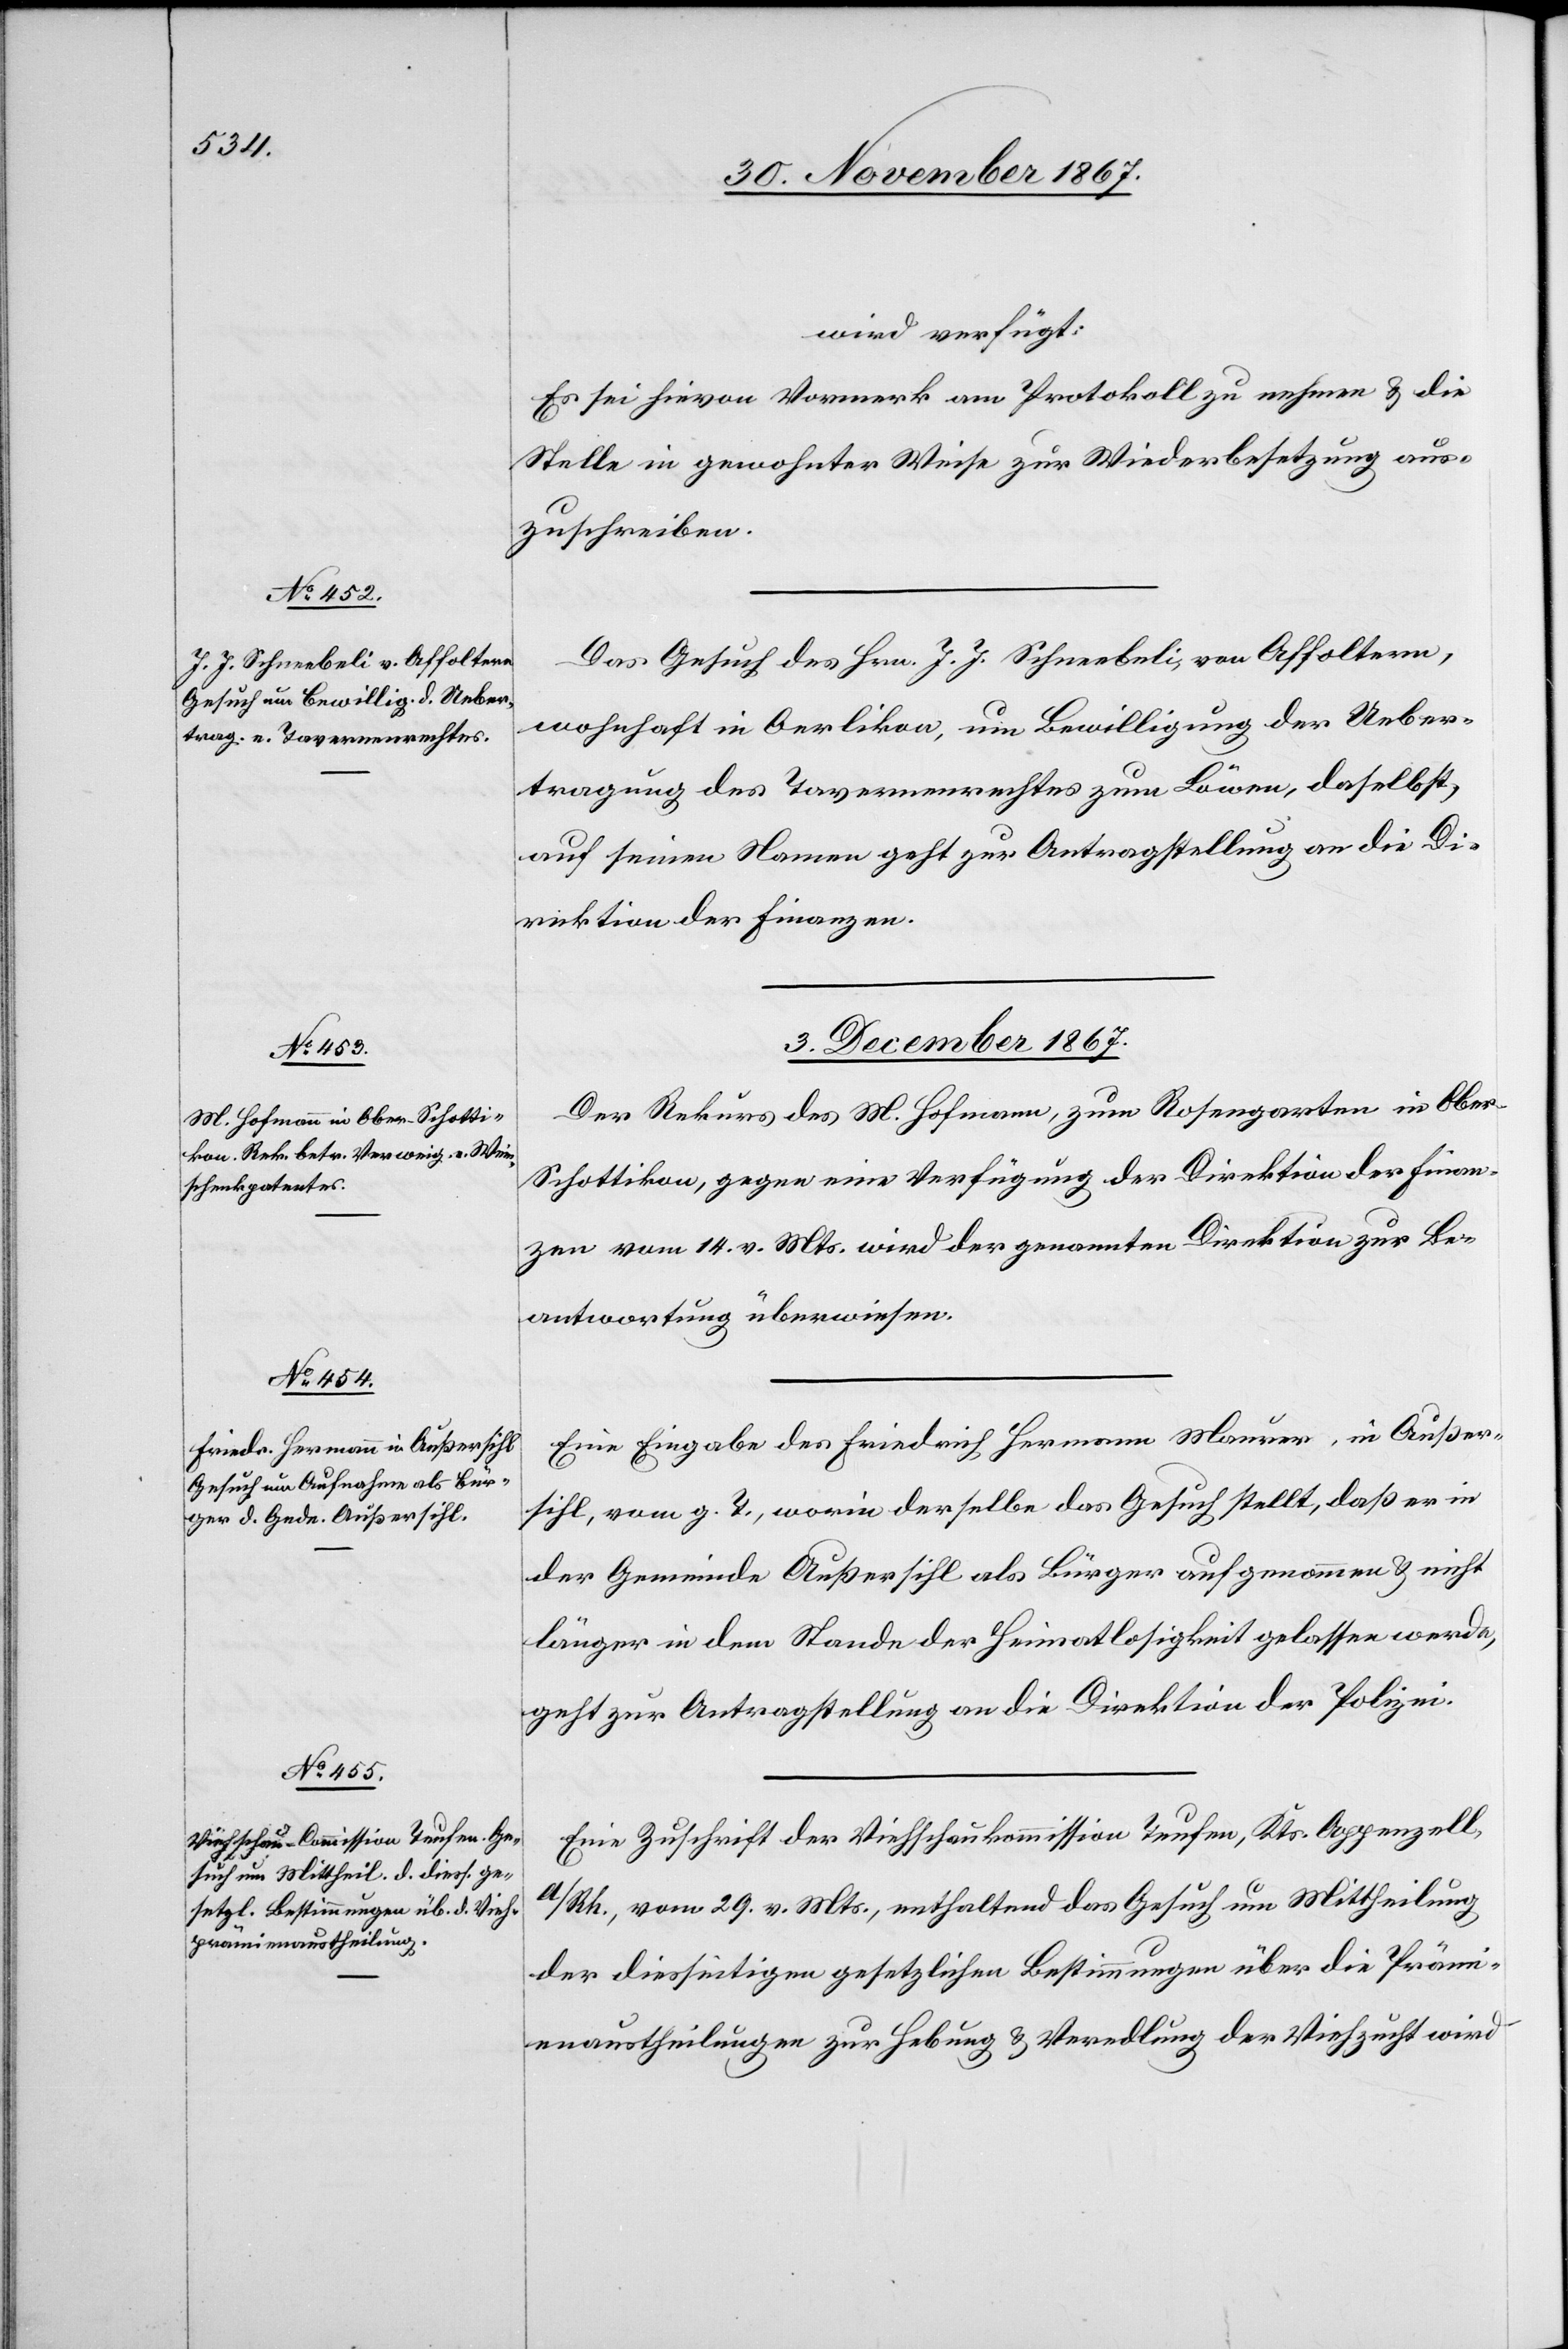
wird verfügt:
Es sei hievon Vormerk am Protokoll zu nehmen u. die
Stelle in gewohnter Weise zur Wiederbesetzung aus¬
zuschreiben.
Das Gesuch des Hrn. J. J. Schneebeli, von Affoltern,
wohnhaft in Oerlikon, um Bewilligung der Ueber¬
tragung des Tavernenrechtes zum Löwen, daselbst,
auf seinen Namen geht zur Antragstellung an die Di¬
rektion der Finanzen.
3. December 1867.]
Der Rekurs des M. Hofmann, zum Rosengarten in Obe¬
r-Schottikon, gegen eine Verfügung der Direktion der Finan¬
zen vom 14. v. Mts. wird der genannten Direktion zur Be¬
antwortung überwiesen.
Eine Eingabe des Friedrich Hermann Maurer, in Außer¬
sihl, vom g. T., worin derselbe das Gesuch stellt, daß er in
der Gemeinde Außersihl als Bürger aufgenommen u. nicht
länger in dem Stande der Heimatlosigkeit gelassen werde,
geht zur Antragstellung an die Direktion der Polizei.
Eine Zuschrift der Viehschaukommission Teufen, Kts. Appenzell
A/Rh., vom 29. v. Mts., enthaltend das Gesuch um Mittheilung
der diesseitigen gesetzlichen Bestimmungen über die Prämi¬
enaustheilungen zur Hebung u. Veredlung der Viehzucht wird